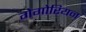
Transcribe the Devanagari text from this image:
गेगोरियन